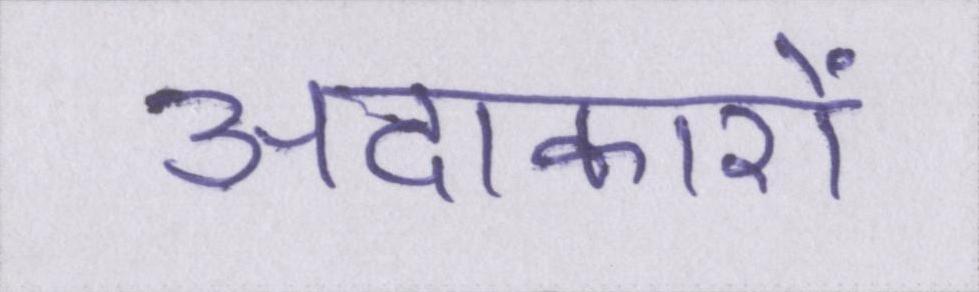
अदाकारों